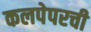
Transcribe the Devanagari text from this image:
कलपेपरची